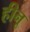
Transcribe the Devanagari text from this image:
हीनू